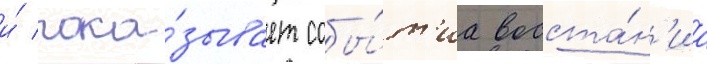
и́ пока́зывает собы́т'иа восста́н'иа